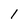
Character: l